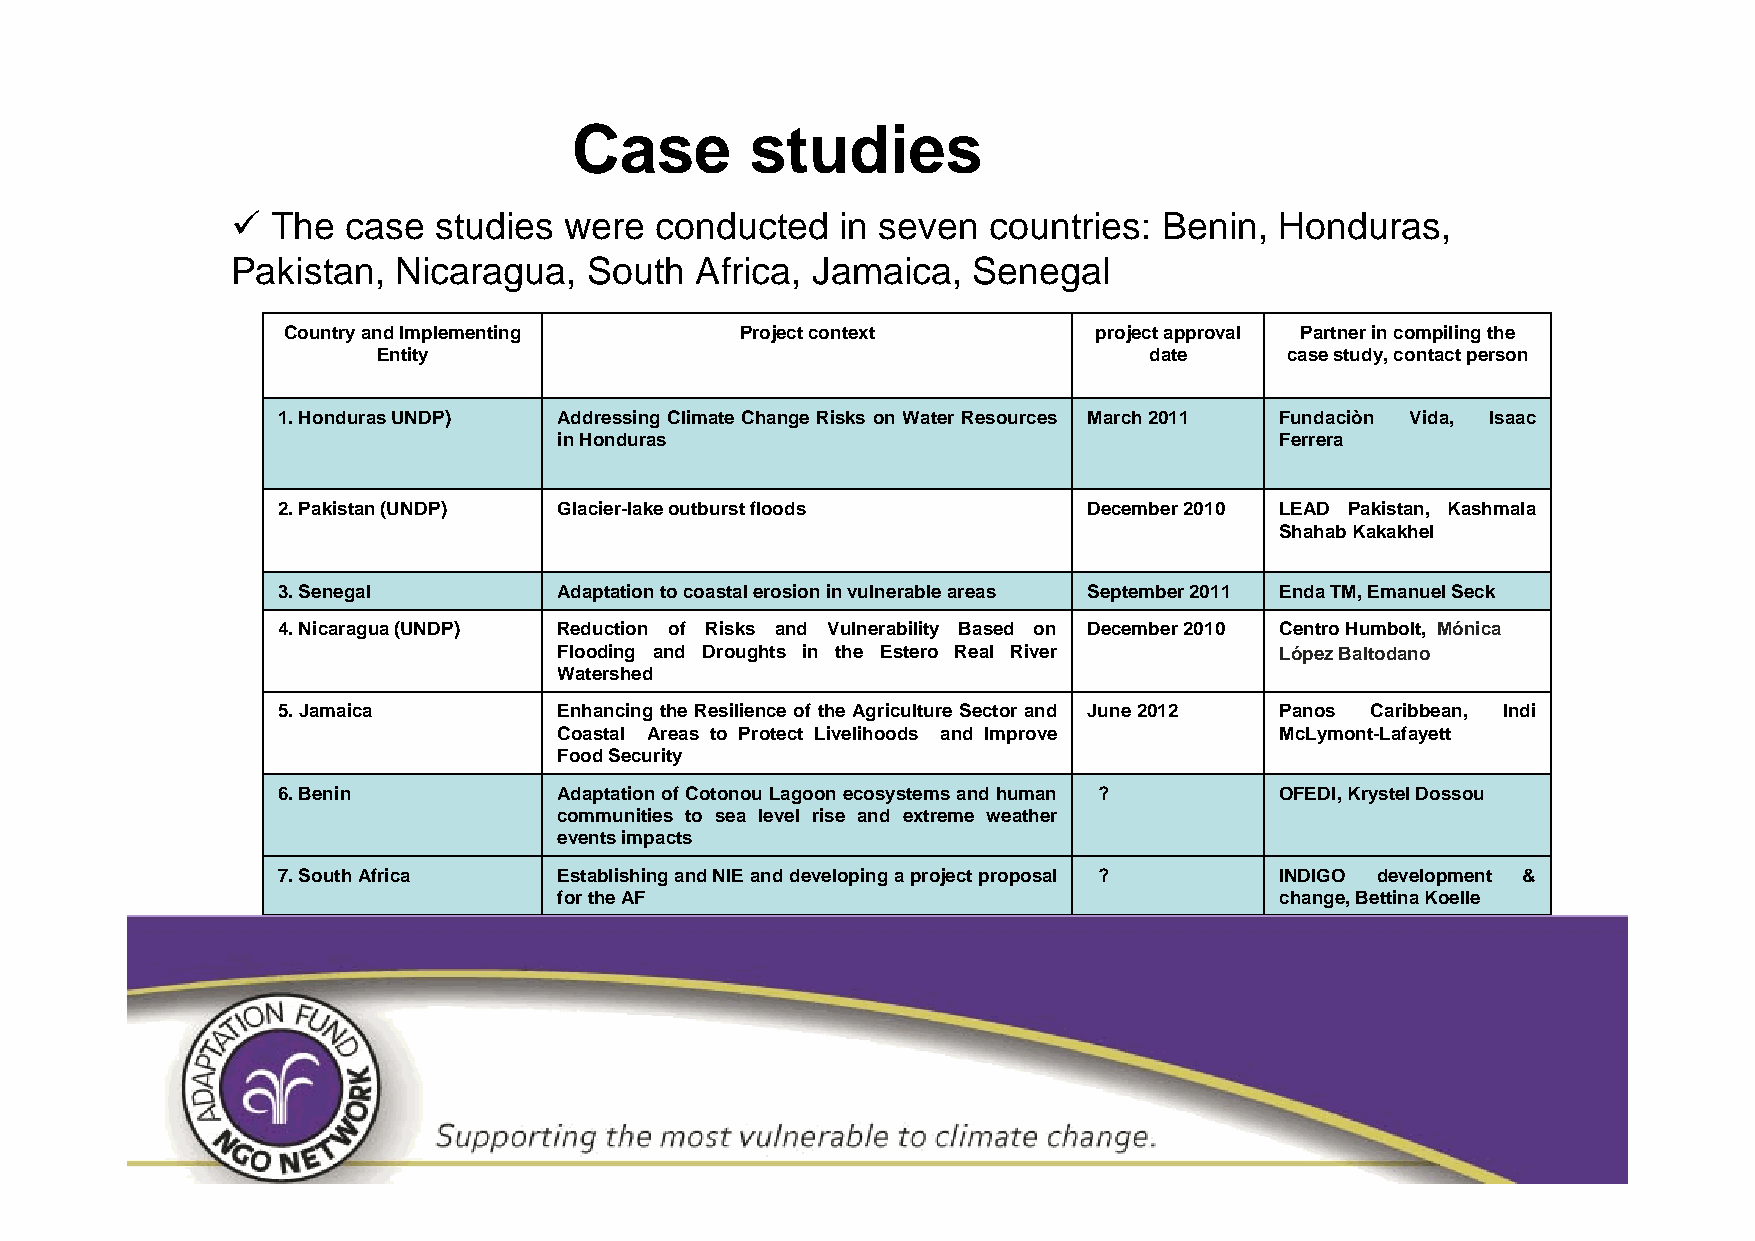
Case        studies
   The  case  studies were  conducted    in seven countries:  Benin,  Honduras,
 Pakistan,  Nicaragua,   South  Africa, Jamaica,  Senegal
 Country and Implementing      Project context        project approval Partner in compiling the
 Entity                                             date     case study, contact person
 1. Honduras UNDP)  Addressing Climate Change Risks on Water Resources March 2011 Fundaciòn Vida, Isaac
 in Honduras                                     Ferrera
 2. Pakistan (UNDP) Glacier-lake outburst floods       December 2010 LEAD Pakistan, Kashmala
 Shahab Kakakhel
 3. Senegal         Adaptation to coastal erosion in vulnerable areas September 2011 Enda TM, Emanuel Seck
 4. Nicaragua (UNDP) Reduction of Risks and Vulnerability Based on December 2010 Centro Humbolt, Mónica
 Flooding and Droughts in the Estero Real River  López Baltodano
 Watershed
 5. Jamaica         Enhancing the Resilience of the Agriculture Sector and June 2012 Panos Caribbean, Indi
 Coastal Areas to Protect Livelihoods and Improve McLymont-Lafayett
 Food Security
 6. Benin           Adaptation of Cotonou Lagoon ecosystems and human ? OFEDI, Krystel Dossou
 communities to sea level rise and extreme weather
 events impacts
 7. South Africa    Establishing and NIE and developing a project proposal ? INDIGO development &
 for the AF                                      change, Bettina Koelle